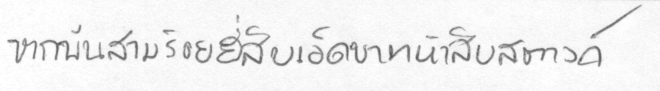
หกพันสามร้อยสี่สิบเอ็ดบาทห้าสิบสตางค์